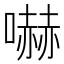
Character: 嚇